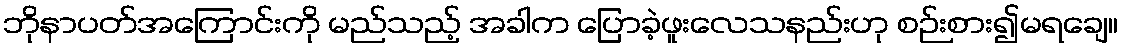
ဘိုနာပတ်အကြောင်းကို မည်သည့် အခါက ပြောခဲ့ဖူးလေသနည်းဟု စဉ်းစား၍မရချေ။